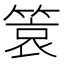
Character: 𬕞